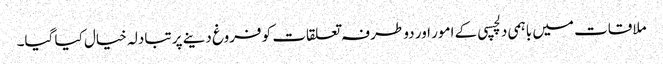
ملاقات میں باہمی دلچسپی کے امور اور دو طرفہ تعلقات کو فروغ دینے پر تبادلہ خیال کیا گیا۔